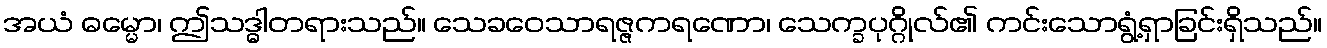
အယံ ဓမ္မော၊ ဤသဒ္ဓါတရားသည်။ သေခဝေသာရဇ္ဇကရဏော၊ သေက္ခပုဂ္ဂိုလ်၏ ကင်းသောရွံ့ရှာခြင်းရှိသည်။